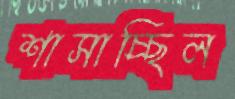
শাসাচ্ছিল